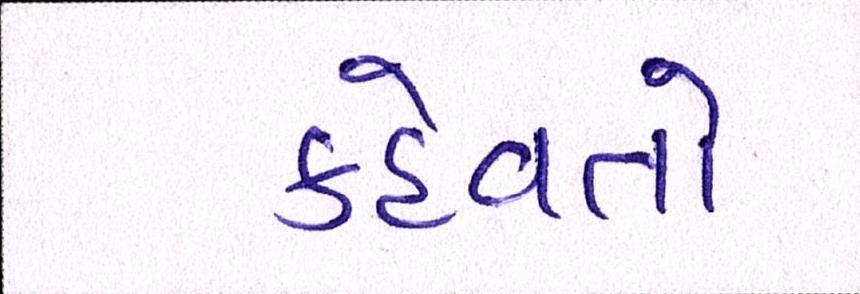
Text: કહેવતો